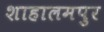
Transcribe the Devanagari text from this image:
शाहालमपुर